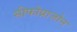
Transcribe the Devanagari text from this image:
सीफोप्राजोन